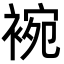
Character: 䘼